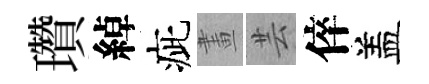
瓚綽疵畫芸倅盖